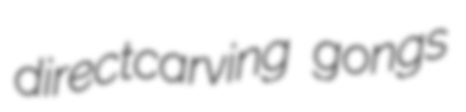
directcarving gongs